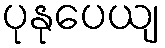
ပုနုပေယျ